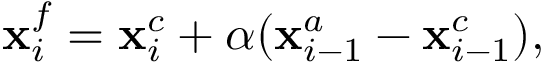
\mathbf { x } _ { i } ^ { f } = \mathbf { x } _ { i } ^ { c } + \alpha ( \mathbf { x } _ { i - 1 } ^ { a } - \mathbf { x } _ { i - 1 } ^ { c } ) ,